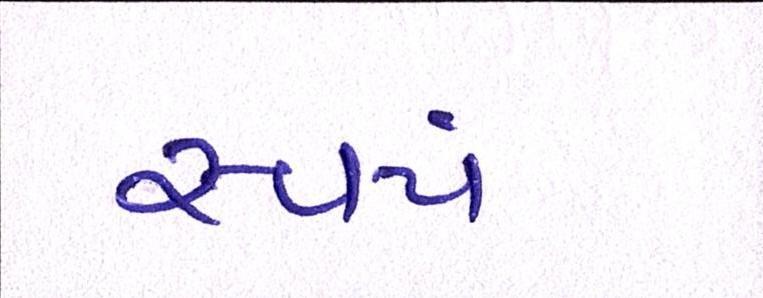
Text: સ્વયં